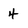
Character: 4